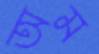
অম